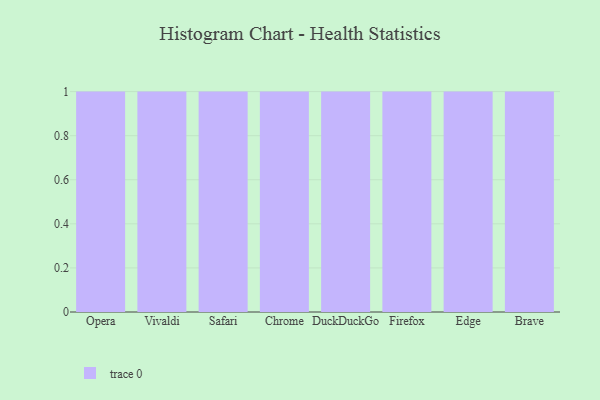
{"axis": {"x": "Browser", "y": "Customer Acquisition Cost (USD)"}, "legend": [""], "data": [{"x": "Opera", "y": 80, "type": ""}, {"x": "Vivaldi", "y": 59, "type": ""}, {"x": "Safari", "y": 98, "type": ""}, {"x": "Chrome", "y": 54, "type": ""}, {"x": "DuckDuckGo", "y": 50, "type": ""}, {"x": "Firefox", "y": 29, "type": ""}, {"x": "Edge", "y": 7, "type": ""}, {"x": "Brave", "y": 29, "type": ""}]}